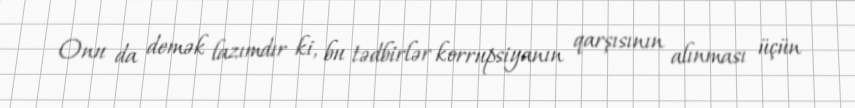
Onu da demək lazımdır ki, bu tədbirlər korrupsiyanın qarşısının alınması üçün